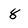
Character: 8